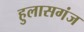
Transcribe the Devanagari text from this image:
हुलासगंज